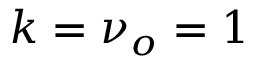
k = \nu _ { o } = 1